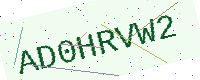
Text: AD0HRVW2